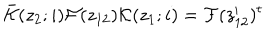
LaTeX: \bar { { \cal K } } ( z _ { 2 } ; i ) { \cal F } ( z _ { 1 2 } ) { \cal K } ( z _ { 1 } ; i ) = { \cal F } ( z _ { 1 2 } ^ { \prime } ) ^ { t }